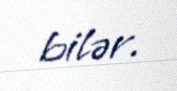
bilər.